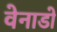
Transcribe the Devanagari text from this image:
वेनाडो